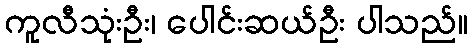
ကူလီသုံးဦး၊ ပေါင်းဆယ်ဦး ပါသည်။